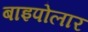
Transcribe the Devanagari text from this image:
बाइपोलार